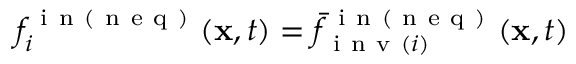
f _ { i } ^ { \mathrm { ~ i ~ n ~ ( ~ n ~ e ~ q ~ ) ~ } } ( \mathbf { x } , t ) = \bar { f } _ { \mathrm { ~ i ~ n ~ v ~ } ( i ) } ^ { \mathrm { ~ i ~ n ~ ( ~ n ~ e ~ q ~ ) ~ } } ( \mathbf { x } , t )